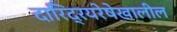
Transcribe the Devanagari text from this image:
दारिद्रयरेषेखालील